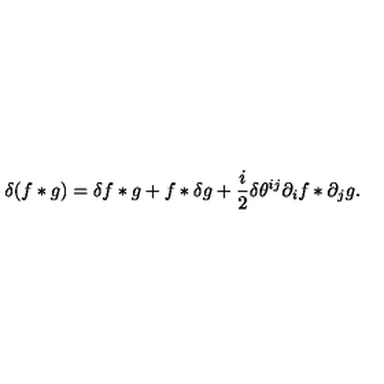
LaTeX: \delta ( f \ast g ) = \delta f \ast g + f \ast \delta g + \frac { i } { 2 } \delta \theta ^ { i j } \partial _ { i } f \ast \partial _ { j } g .